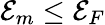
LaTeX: {\cal E}_{m}\leq{\cal E}_{F}